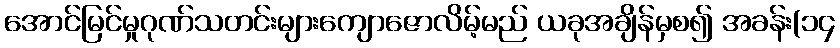
အောင်မြင်မှုဂုဏ်သတင်းများကျောဇောလိမ့်မည် ယခုအချိန်မှစ၍ အခန်း(၁၄